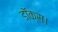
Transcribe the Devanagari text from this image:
डॉक्स।